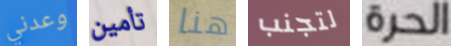
وعدني تأمين هنا لتجنب الحرة